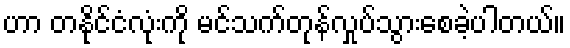
ဟာ တနိုင်ငံလုံးကို မင်သက်တုန်လှုပ်သွားစေခဲ့ပါတယ်။